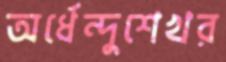
অর্ধেন্দুশেখর